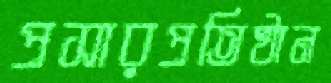
প্রসারপ্রতিষ্ঠান